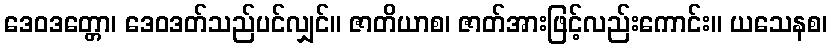
ဒေဝဒတ္တော၊ ဒေဝဒတ်သည်ပင်လျှင်။ ဇာတိယာစ၊ ဇာတ်အားဖြင့်လည်းကောင်း။ ယသေနစ၊